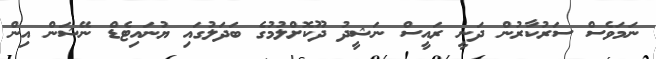
ނަމަވެސް ސަރުކާރުން ދަނީ ރައީސް ނަޝީދު ދޫކޮށްލުމުގެ ބަދަލުގައި ޔުނައިޓެޑް ނޭޝަން އިން